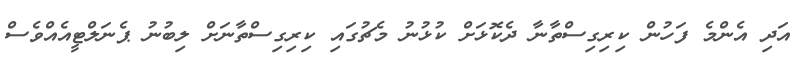
އަދި އެންމެ ފަހުން ކިރިގިސްތާނާ ދެކޮޅަށް ކުޅުނު މެޗުގައި ކިރިގިސްތާނަށް ލިބުނު ޕެނަލްޓީއެއްވެސް